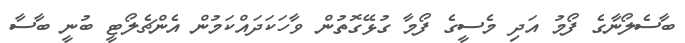
ބާސެލޯނާގެ ފޯމު އަދި މެސީގެ ފޯމާ ގުޅޭގޮތުން ވާހަކަދައްކަމުން އެންޗެލޯޓީ ބުނީ ބާސާ